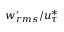
w _ { r m s } ^ { \prime } / u _ { \tau } ^ { * }